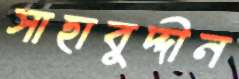
সাহাবুদ্দীন